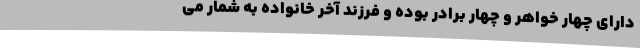
دارای چهار خواهر و چهار برادر بوده و فرزند آخر خانواده به شمار می